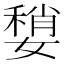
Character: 𡡏